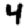
Digit: 4